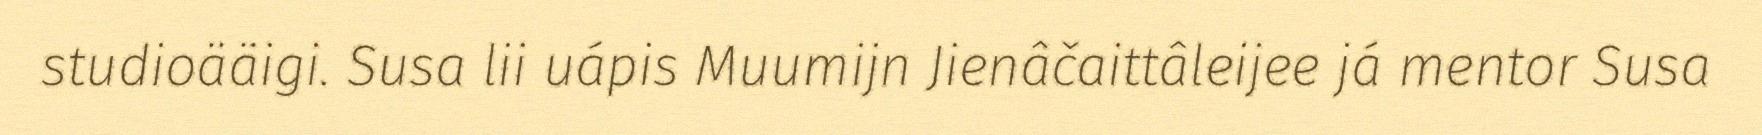
studioääigi. Susa lii uápis Muumijn Jienâčaittâleijee já mentor Susa